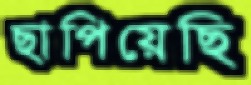
ছাপিয়েছি